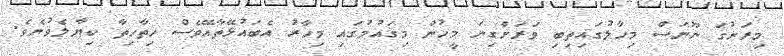
މިރަށުގަ ނޫނަސް މިހާލުގައިތިބި ވަރަށްގިނަ މީހުން މިޤައުމުގައި މިހާރު އެބައުޅޭތާއޭވެސް ހިތާހިތާ ކިޔާލެވުނެވެ.